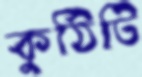
কুঠিটি